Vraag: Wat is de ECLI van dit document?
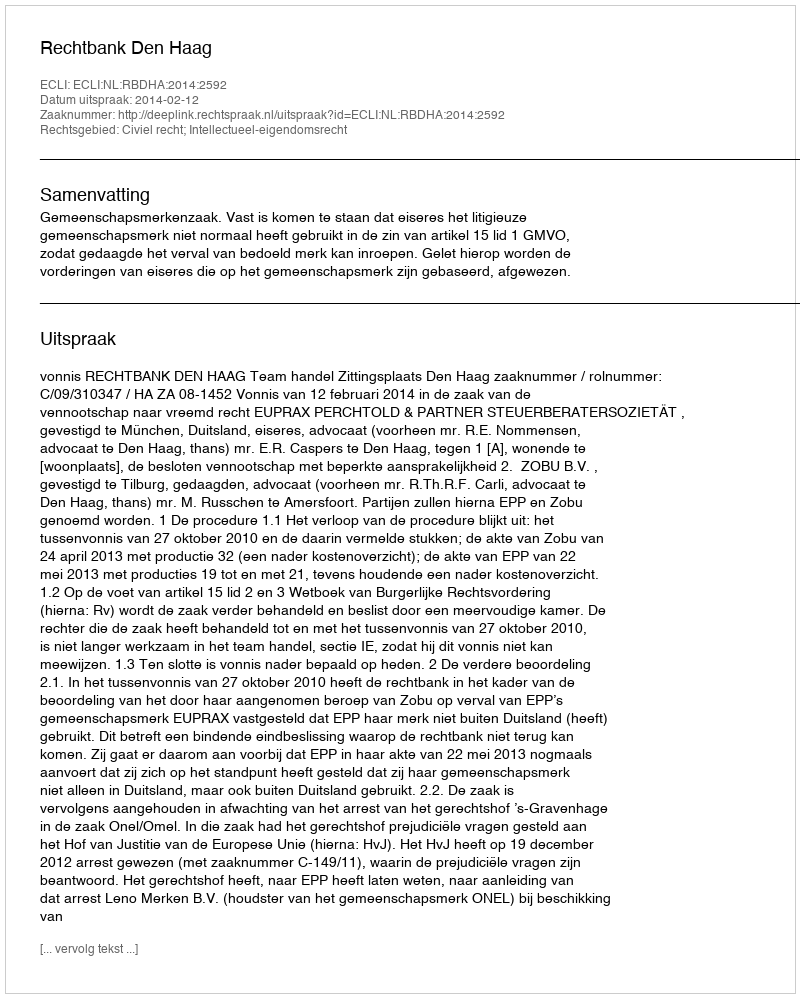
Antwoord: ECLI:NL:RBDHA:2014:2592